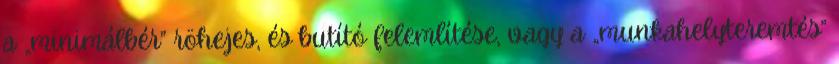
a „minimálbér” röhejes, és butító felemlítése, vagy a „munkahelyteremtés”